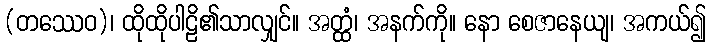
(တဿေဝ)၊ ထိုထိုပါဠိ၏သာလျှင်။ အတ္ထံ၊ အနက်ကို။ နော စေဇာနေယျ၊ အကယ်၍